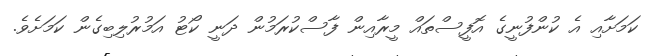
ކަމަށާއި އެ ކުންފުނީގެ އޮފީސްތައް މީރާއިން ފާސްކުރަމުން ދަނީ ކޯޓު އަމުރުލިބިގެން ކަމަށެވެ.